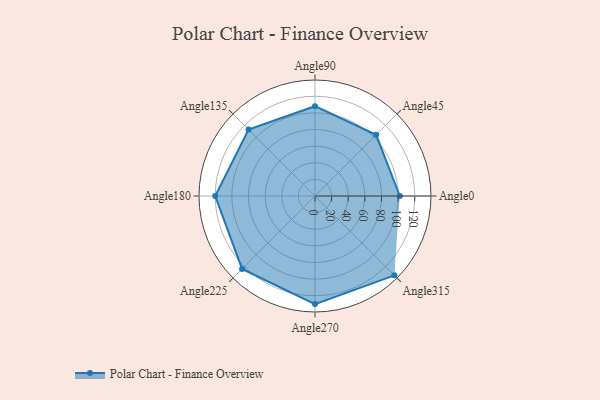
{"axis": {"x": "Angle", "y": "Radius"}, "legend": [""], "data": [{"x": "Angle0", "y": 102.0, "type": ""}, {"x": "Angle45", "y": 104.0, "type": ""}, {"x": "Angle90", "y": 108.0, "type": ""}, {"x": "Angle135", "y": 113.0, "type": ""}, {"x": "Angle180", "y": 120.0, "type": ""}, {"x": "Angle225", "y": 124.0, "type": ""}, {"x": "Angle270", "y": 130.0, "type": ""}, {"x": "Angle315", "y": 135.0, "type": ""}]}